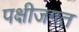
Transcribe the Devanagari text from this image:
पक्षीजगत